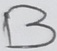
Text: B